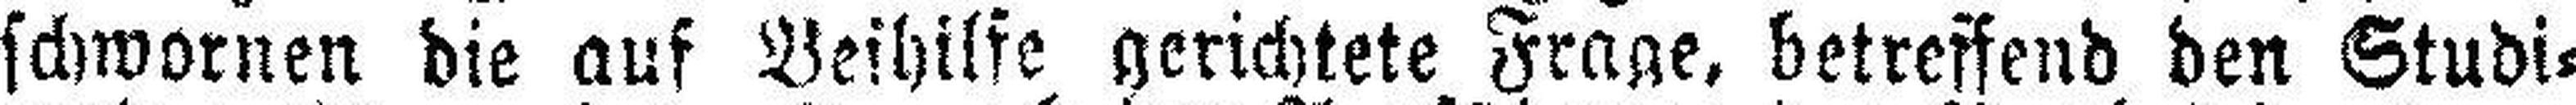
schwornen die auf Beihilfe gerichtete Frage, betreffend den Studi¬